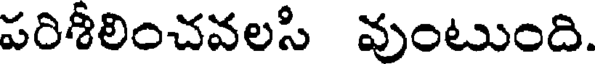
పరిశీలించవలసి వుంటుంది.